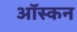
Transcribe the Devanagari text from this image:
ऑस्कन